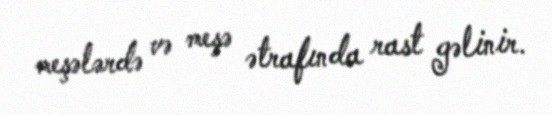
meşələrdə və meşə ətrafında rast gəlinir.